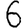
Digit: 6